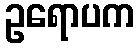
ဥရောပက